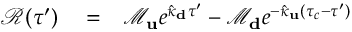
\begin{array} { r l r } { \mathcal { R } ( \tau ^ { \prime } ) } & { { } = } & { \mathcal { M } _ { \bf u } e ^ { \hat { \kappa } _ { \bf d } \tau ^ { \prime } } - \mathcal { M } _ { \bf d } e ^ { - \hat { \kappa } _ { \bf u } ( \tau _ { c } - \tau ^ { \prime } ) } } \end{array}